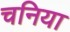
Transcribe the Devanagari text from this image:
चनिया